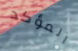
المؤكد